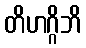
တိဟဂ္ဂိဘိ